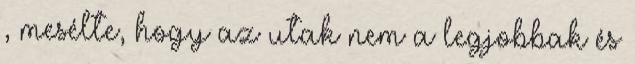
, mesélte, hogy az utak nem a legjobbak és